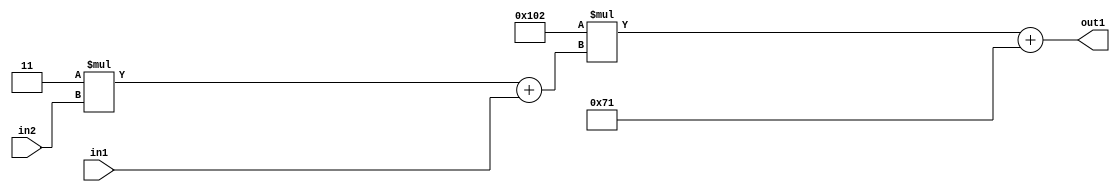
`timescale 1ps / 1ps
/*****************************************************************************
    Verilog RTL Description
    
    
    Created by: Stratus DpOpt 2019.1.01 
*******************************************************************************/

module DC_Filter_Add2i113Mul2i258Add2u1Mul2i3u2_4 (
	in2,
	in1,
	out1
	); /* architecture "behavioural" */ 
input [1:0] in2;
input  in1;
output [11:0] out1;
wire [11:0] asc001;
wire [3:0] asc002;

wire [3:0] asc002_tmp_0;
assign asc002_tmp_0 = 
	+(4'B0011 * in2);
assign asc002 = asc002_tmp_0
	+(in1);

wire [11:0] asc001_tmp_1;
assign asc001_tmp_1 = 
	+(12'B000100000010 * asc002);
assign asc001 = asc001_tmp_1
	+(12'B000001110001);

assign out1 = asc001;
endmodule

/* CADENCE  v7X2SAo= : u9/ySgnWtBlWxVPRXgAZ4Og= ** DO NOT EDIT THIS LINE ******/